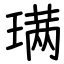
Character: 𫞩